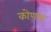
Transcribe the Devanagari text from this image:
कोणरथ